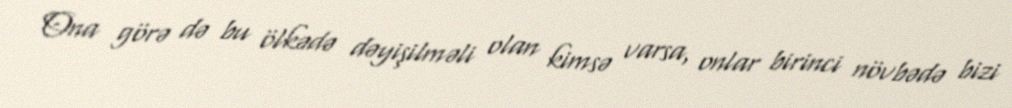
Ona görə də bu ölkədə dəyişilməli olan kimsə varsa, onlar birinci növbədə bizi